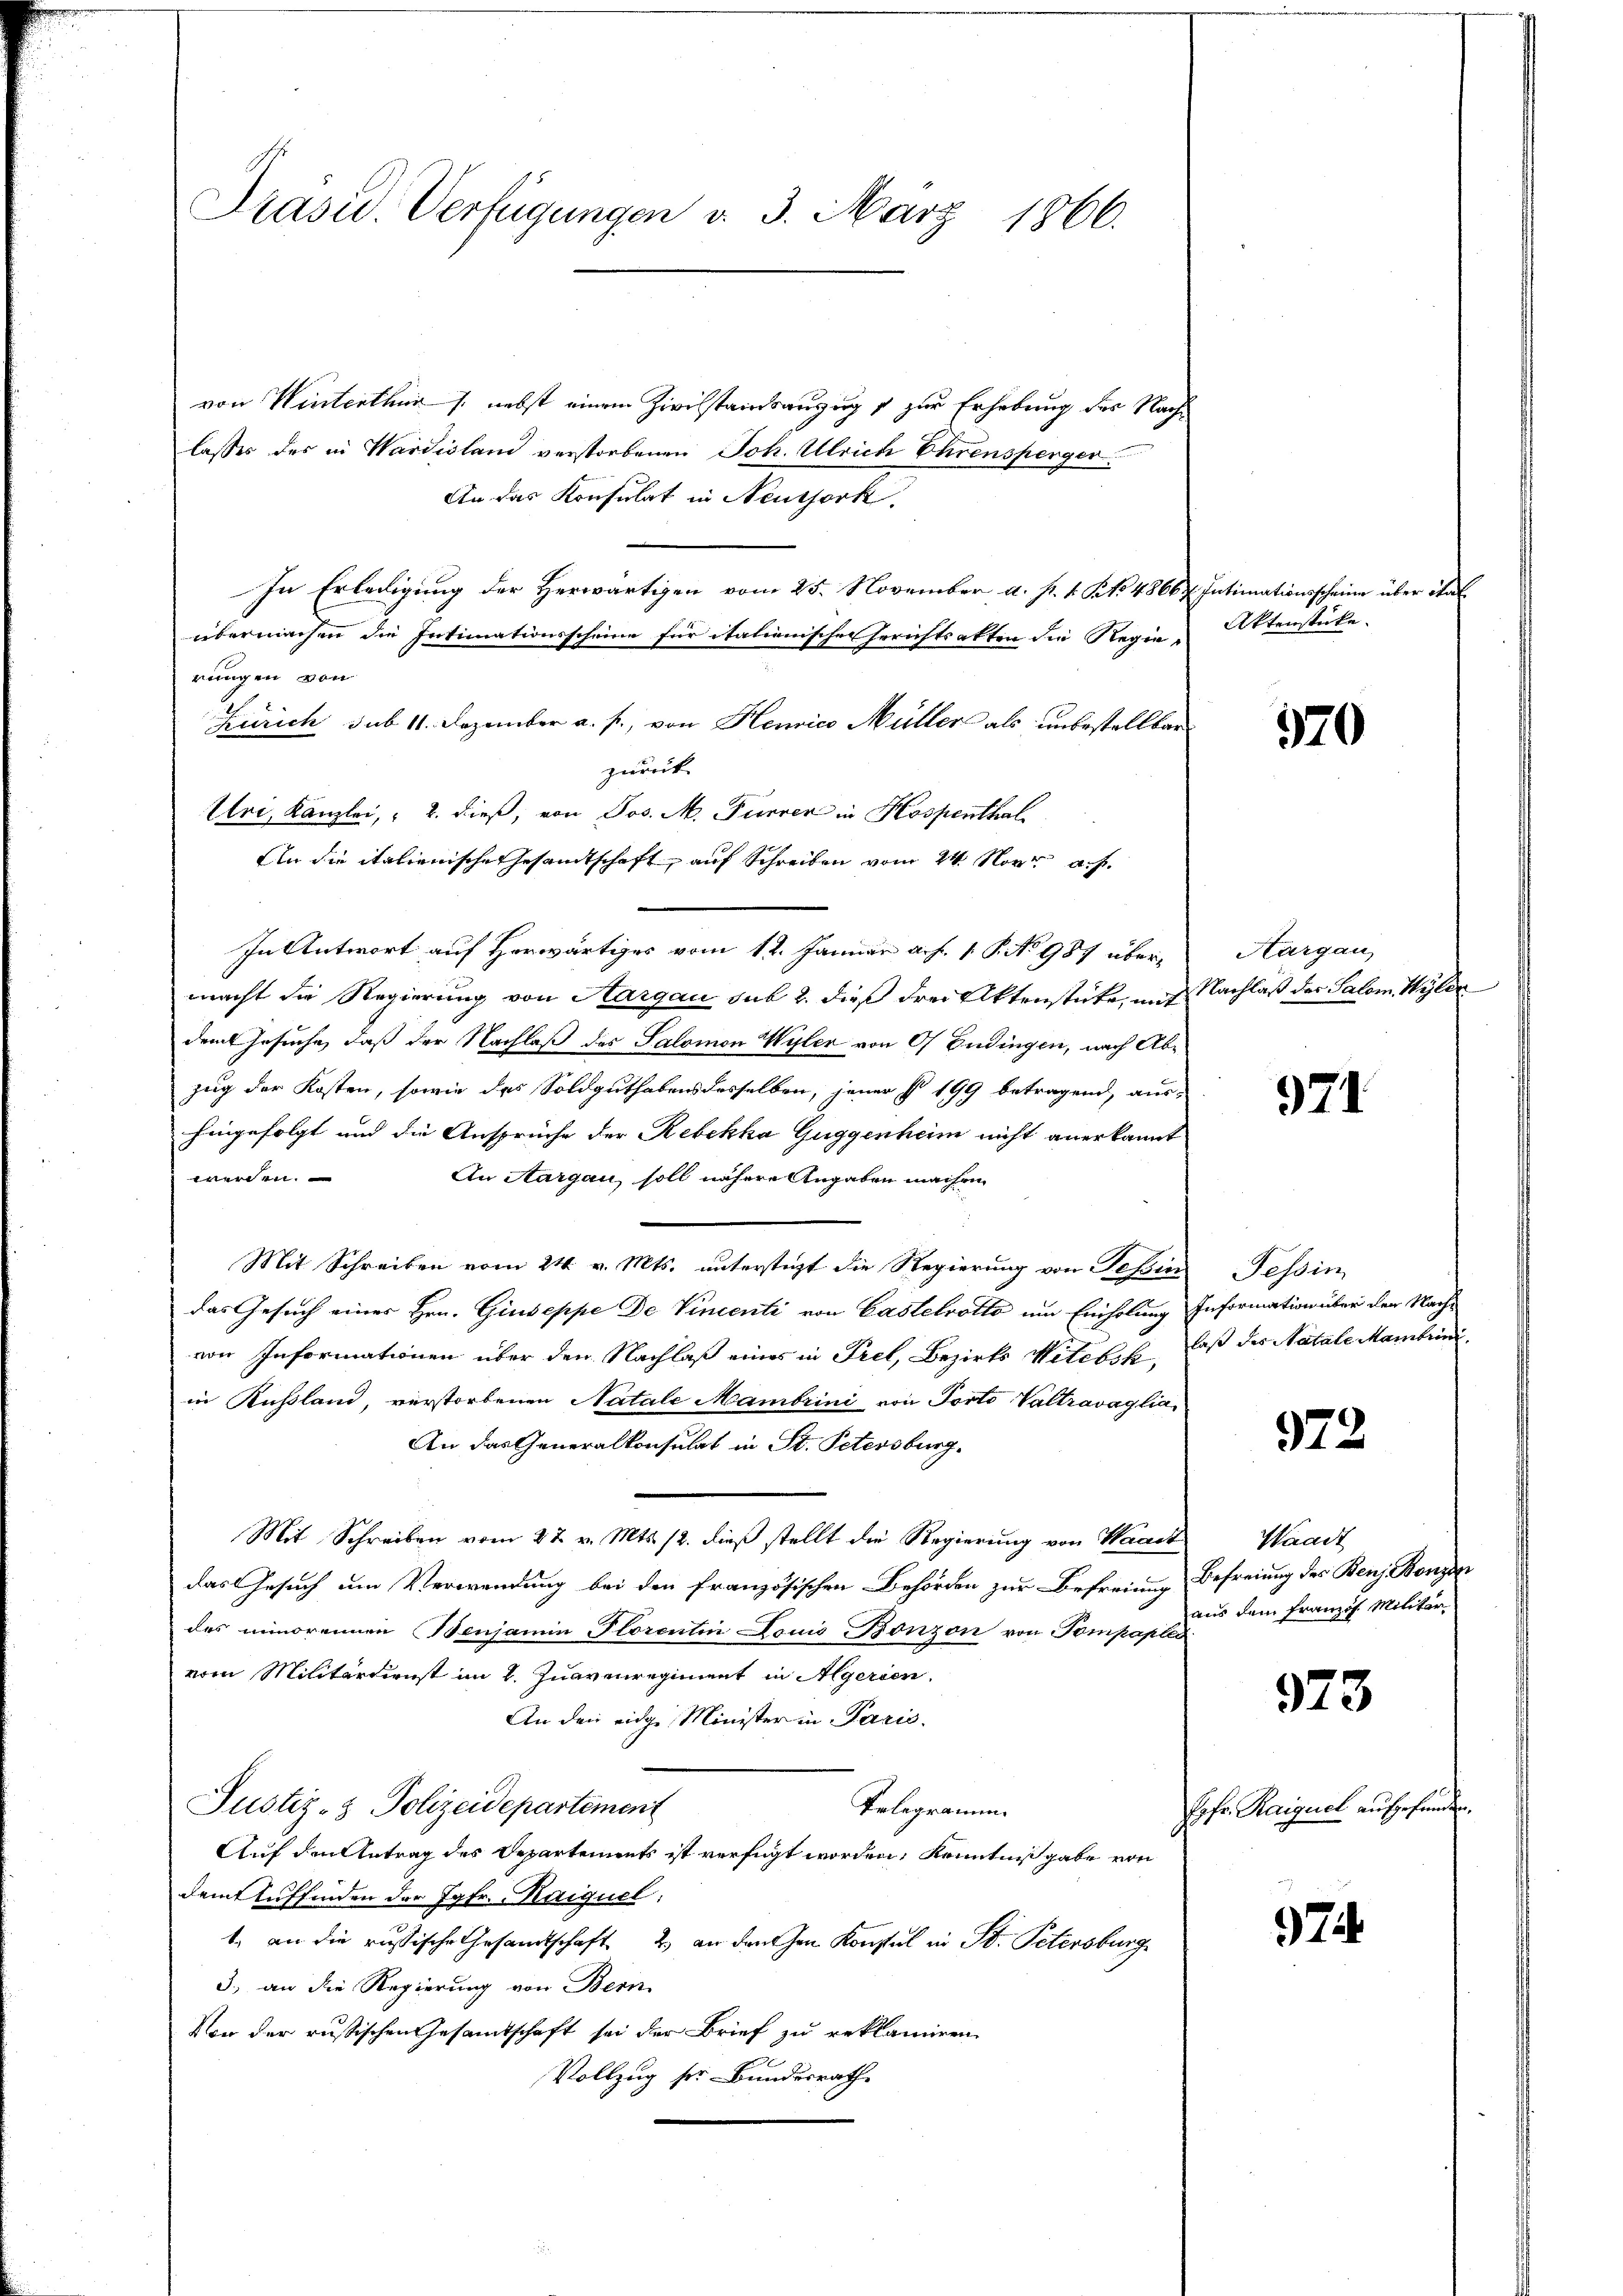
Präsid. Verfügungen d. 3. März 1866.

von Winterthur s. nebst einem Zivilstandsauszugs zur Erhebung des Nachlasses des in Wardisland verstorbenen Joh. Ulrich Ehrensperger
An das Konsulat in Neusserk.
In Erledigung der Herwärtigen vom 25. November a. p. 1. Kt. 4866;
übermachen die Intimationsscheine für itationische Gerichtsakten die Regie-
rungen von
Zürich sub 11. Dezember a. f., von Henrico Müllers als unbestellbar
zurück
Uri, Kanzlei, u. dieß, von Jos. M. Furrer in Hospenthal
Ain die italionische Gesamtschaft auf Schreiben vom 24. Nov. a. f.
In Antwort auf Horwärtiges vom 12. Januar a. f. 1. P. No 987 übermacht die Regierung von Hargau sub 2. dieß drei Aktenstete, mit Nachlaß der Salon Wyler
dem Gesuche, daß der Nachlaß des Salomon Wyler von 0 Endingen, nach Abzug der Kosten, sowie das Soldguthabens desselben, jener No 199 betragend, aus-
hingefolgt und die Ansprüche der Rebekka Guggenheim nicht anerkannt
werden.
An Aargau soll nähere Angaben machen
Mit Schreiben vom 24. v. Mts. unterstüzt die Regierung von Tessin
das Gesuch eines Hrn. Giuseppe De Vincenti von Castelrotto um Einholung Information über der Nachvon Informationen über den Nachlaß eines in Pret, Bezirks Wittlik, daß des Natale Mambrinin Kußland, verstorbenen Natale Mambrini von Porto Valtravaglia
An das Generalkonsulat in St. Petersburg.
Mit Schreiben vom 27. v. Mts. 12. dieß stellt die Regierung von Waadt
das Gesuch um Verwendung bei den französischen Behörden zur Befreiung Befreiung des Benz Bonze
des minorennen Benjamin-Plorentin Louis Bonzon von Pompaples
vom Militärdienst im 2. Zuavenregiment in Algerien
An den eidge Minister in Paris.
Justiz- & Polizeidepartement
Telegramm.
Auf den Antrag des Departements ist verfügt worden, Kenntniß gabe von
dem Auffinden der Jgfr. Maiquel:
1. an die russische Gesandtschaft 2 an den hen Konstal in St. Petersburg
3., an die Regierung von Bern
Von der russischen Gesammtschaft sei der Brief zu reklamiren,
Vollzug ser Bundesrath

Intimationsscheine über ital
Aktenstücke.

570

Hargau,

971

Tessin

972

Waadt
aus dem Französ. Militär

373

Pofr. Raiguel aufgefunden.

7